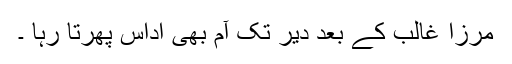
مرزا غالب کے بعد دیر تک آم بھی اداس پھرتا رہا ۔